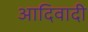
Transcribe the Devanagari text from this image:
आदिवादी